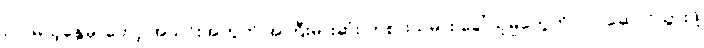
လာမယ့်နွေမှာတော့ အသင်းအတွက် အကြီးမားဆုံး ကစားသမား ခေါ်ယူမှုတွေကို လုပ်ဆောင်သွားဖို့